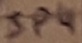
Text: Jp4